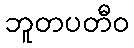
ဘူတပတီဝ